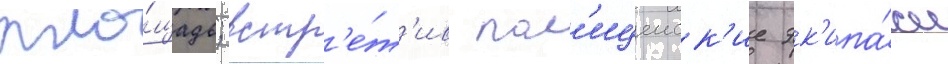
пло́щадь; встр'е́т'ив пол'ицеиск'ие эк'ипа́жи